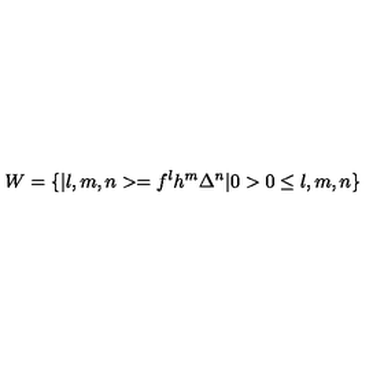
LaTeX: W = \{ \vert l , m , n > = f ^ { l } h ^ { m } \Delta ^ { n } \vert 0 > 0 \leq l , m , n \}